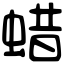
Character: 蜡